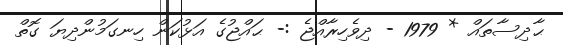
ޙާދިސާތައް * 1979 - ދިވެހިރާއްޖެ :- ޙައްޖުގެ އަޅުކަން ހިނގަމުންދިޔަ ގޮތް